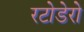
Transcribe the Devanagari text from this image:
रटोडेरो